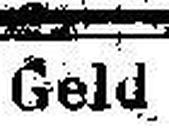
Geld